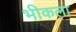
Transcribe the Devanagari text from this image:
भीकला